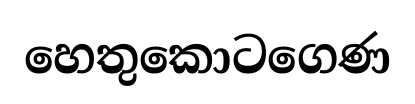
හෙතුකොටගෙණ